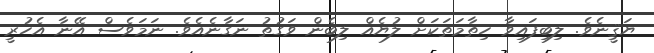
ޔަޤީނެވެ. ލިބިފައިވާ ހިތާމަތަކަށް ލުޔެއް ލިބެން ވަގުތު ނަގާނެއެވެ. ނަމަވެސް އޭނާ އެހުރީ